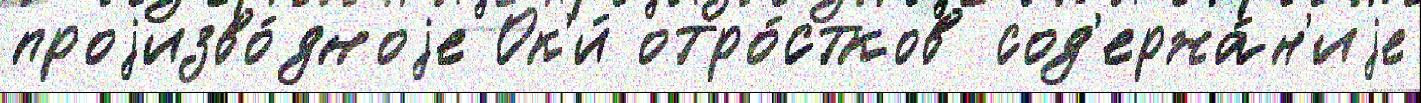
проjизво́дноjе Ок'и́ отро́стков сод'ержа́н'иjе